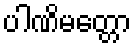
ပါဏိမတ္တော